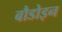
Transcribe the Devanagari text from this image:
बौडोइन